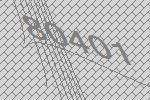
80401